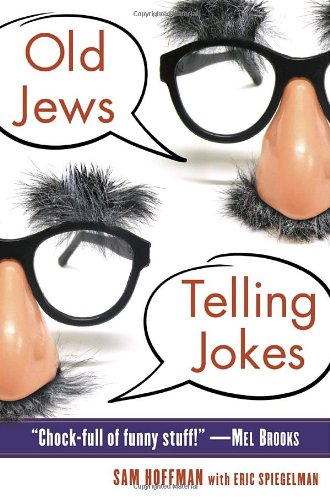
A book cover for Old Jews Telling Jokes: 5,000 Years of Funny Bits and Not-So-Kosher Laughs; Sam Hoffman; Humor & Entertainment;